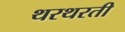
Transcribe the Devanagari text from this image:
थरथरती